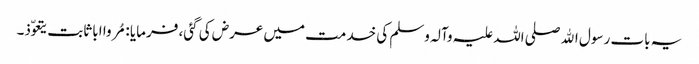
یہ بات رسول اﷲ صلی اللہ علیہ وآلہ وسلم کی خدمت میں عرض کی گئی، فرمایا : مُروا ابا ثابت یتعوّذ۔